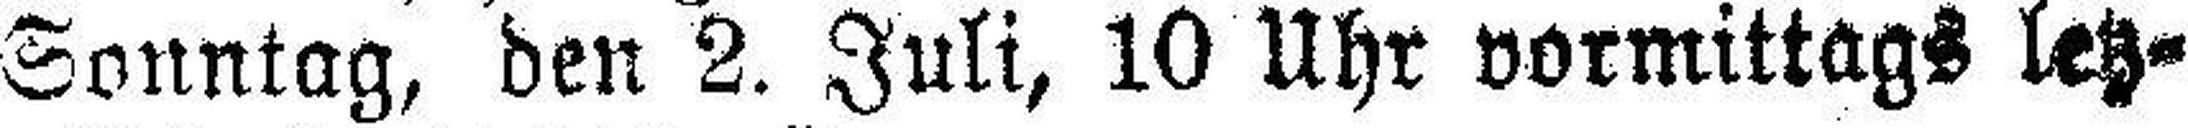
Sonntag, den 2. Juli, 10 Uhr vormittags letz¬